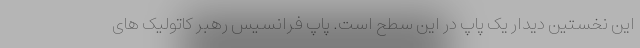
این نخستین دیدار یک پاپ در این سطح است. پاپ فرانسیس رهبر کاتولیک های